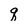
Character: q